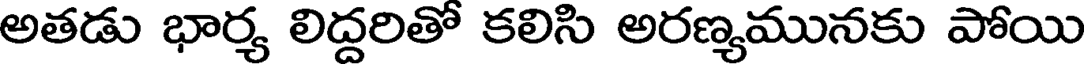
అతడు భార్య లిద్దరితో కలిసి అరణ్యమునకు పోయి